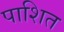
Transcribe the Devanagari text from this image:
पाशित